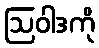
ဩဝါဒကို